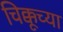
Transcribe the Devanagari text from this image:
चिक्कूच्या